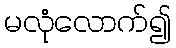
မလုံလောက်၍